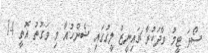
ސޯޅަ ޓީމު ވާދަކުރާ ޗައިނީޒް ލީގުގައި ޝެންހުއާ މި ވަގުތު އޮތީ 14